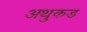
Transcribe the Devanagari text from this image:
अथुकड